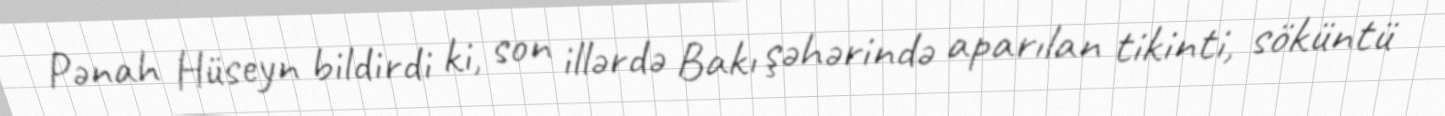
Pənah Hüseyn bildirdi ki, son illərdə Bakı şəhərində aparılan tikinti, söküntü